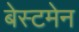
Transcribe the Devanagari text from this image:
बेस्टमेन